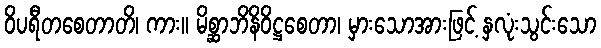
ဝိပရီတစေတာတိ၊ ကား။ မိစ္ဆာဘိနိဝိဋ္ဌစေတာ၊ မှားသောအားဖြင့် နှလုံးသွင်းသော